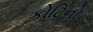
કોટિનો